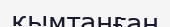
қымтанған